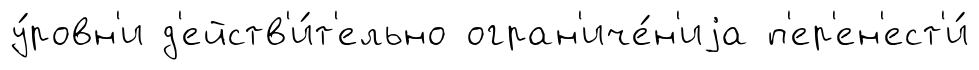
у́ровн'и д'ейств'и́т'ельно огран'иче́н'иjа п'ер'ен'ест'и́